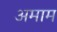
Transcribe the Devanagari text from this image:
अमाम